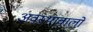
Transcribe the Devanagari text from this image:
अवस्थावालों